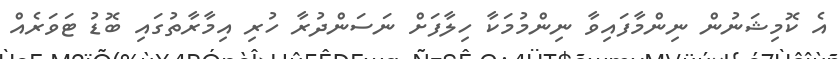
އެ ކޮމިޝަނުން ނިންމާފައިވާ ނިންމުމަކާ ހިލާފަށް ނަސަންދުރާ ހުރި އިމާރާތުގައި ބޮޑު ޓަވަރެއް